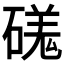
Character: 𥔶